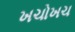
ખચોખચ